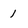
Character: 1